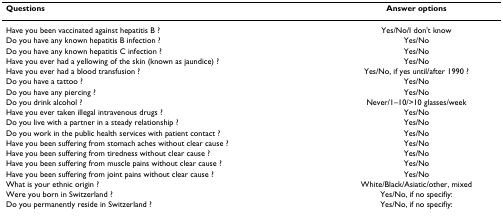
<table><thead><tr><td><b>Questions</b></td><td><b>Answer options</b></td></tr></thead><tbody><tr><td>Have you been vaccinated against hepatitis B ?</td><td>Yes/No/I don&#x27;t know</td></tr><tr><td>Do you have any known hepatitis B infection ?</td><td>Yes/No</td></tr><tr><td>Do you have any known hepatitis C infection ?</td><td>Yes/No</td></tr><tr><td>Have you ever had a yellowing of the skin (known as jaundice) ?</td><td>Yes/No</td></tr><tr><td>Have you ever had a blood transfusion ?</td><td>Yes/No, if yes until/after 1990 ?</td></tr><tr><td>Do you have a tattoo ?</td><td>Yes/No</td></tr><tr><td>Do you have any piercing ?</td><td>Yes/No</td></tr><tr><td>Do you drink alcohol ?</td><td>Never/1–10/&gt;10 glasses/week</td></tr><tr><td>Have you ever taken illegal intravenous drugs ?</td><td>Yes/No</td></tr><tr><td>Do you live with a partner in a steady relationship ?</td><td>Yes/No</td></tr><tr><td>Do you work in the public health services with patient contact ?</td><td>Yes/No</td></tr><tr><td>Have you been suffering from stomach aches without clear cause ?</td><td>Yes/No</td></tr><tr><td>Have you been suffering from tiredness without clear cause ?</td><td>Yes/No</td></tr><tr><td>Have you been suffering from muscle pains without clear cause ?</td><td>Yes/No</td></tr><tr><td>Have you been suffering from joint pains without clear cause ?</td><td>Yes/No</td></tr><tr><td>What is your ethnic origin ?</td><td>White/Black/Asiatic/other, mixed</td></tr><tr><td>Were you born in Switzerland ?</td><td>Yes/No, if no specifiy:</td></tr><tr><td>Do you permanently reside in Switzerland ?</td><td>Yes/No, if no specifiy:</td></tr></tbody></table>